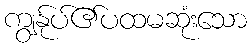
ကျွန်ုပ်၏ပထမဆုံးသော